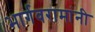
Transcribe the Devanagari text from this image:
भार्गवरामांनी